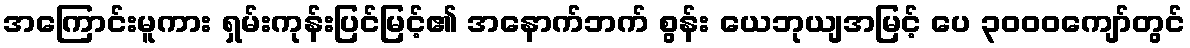
အကြောင်းမူကား ရှမ်းကုန်းပြင်မြင့်၏ အနောက်ဘက် စွန်း ယေဘုယျအမြင့် ပေ ၃၀၀၀ကျော်တွင်